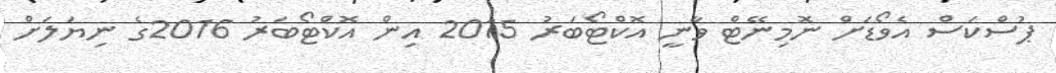
ޕުސްކަސް އެވޯޑަށް ނޮމިނޭޓް ވާނީ އޮކްޓޯބަރު 2015 އިން އޮކްޓޯބަރު 2016ގެ ނިޔަލަށް